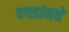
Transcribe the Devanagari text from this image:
दगडांमधे